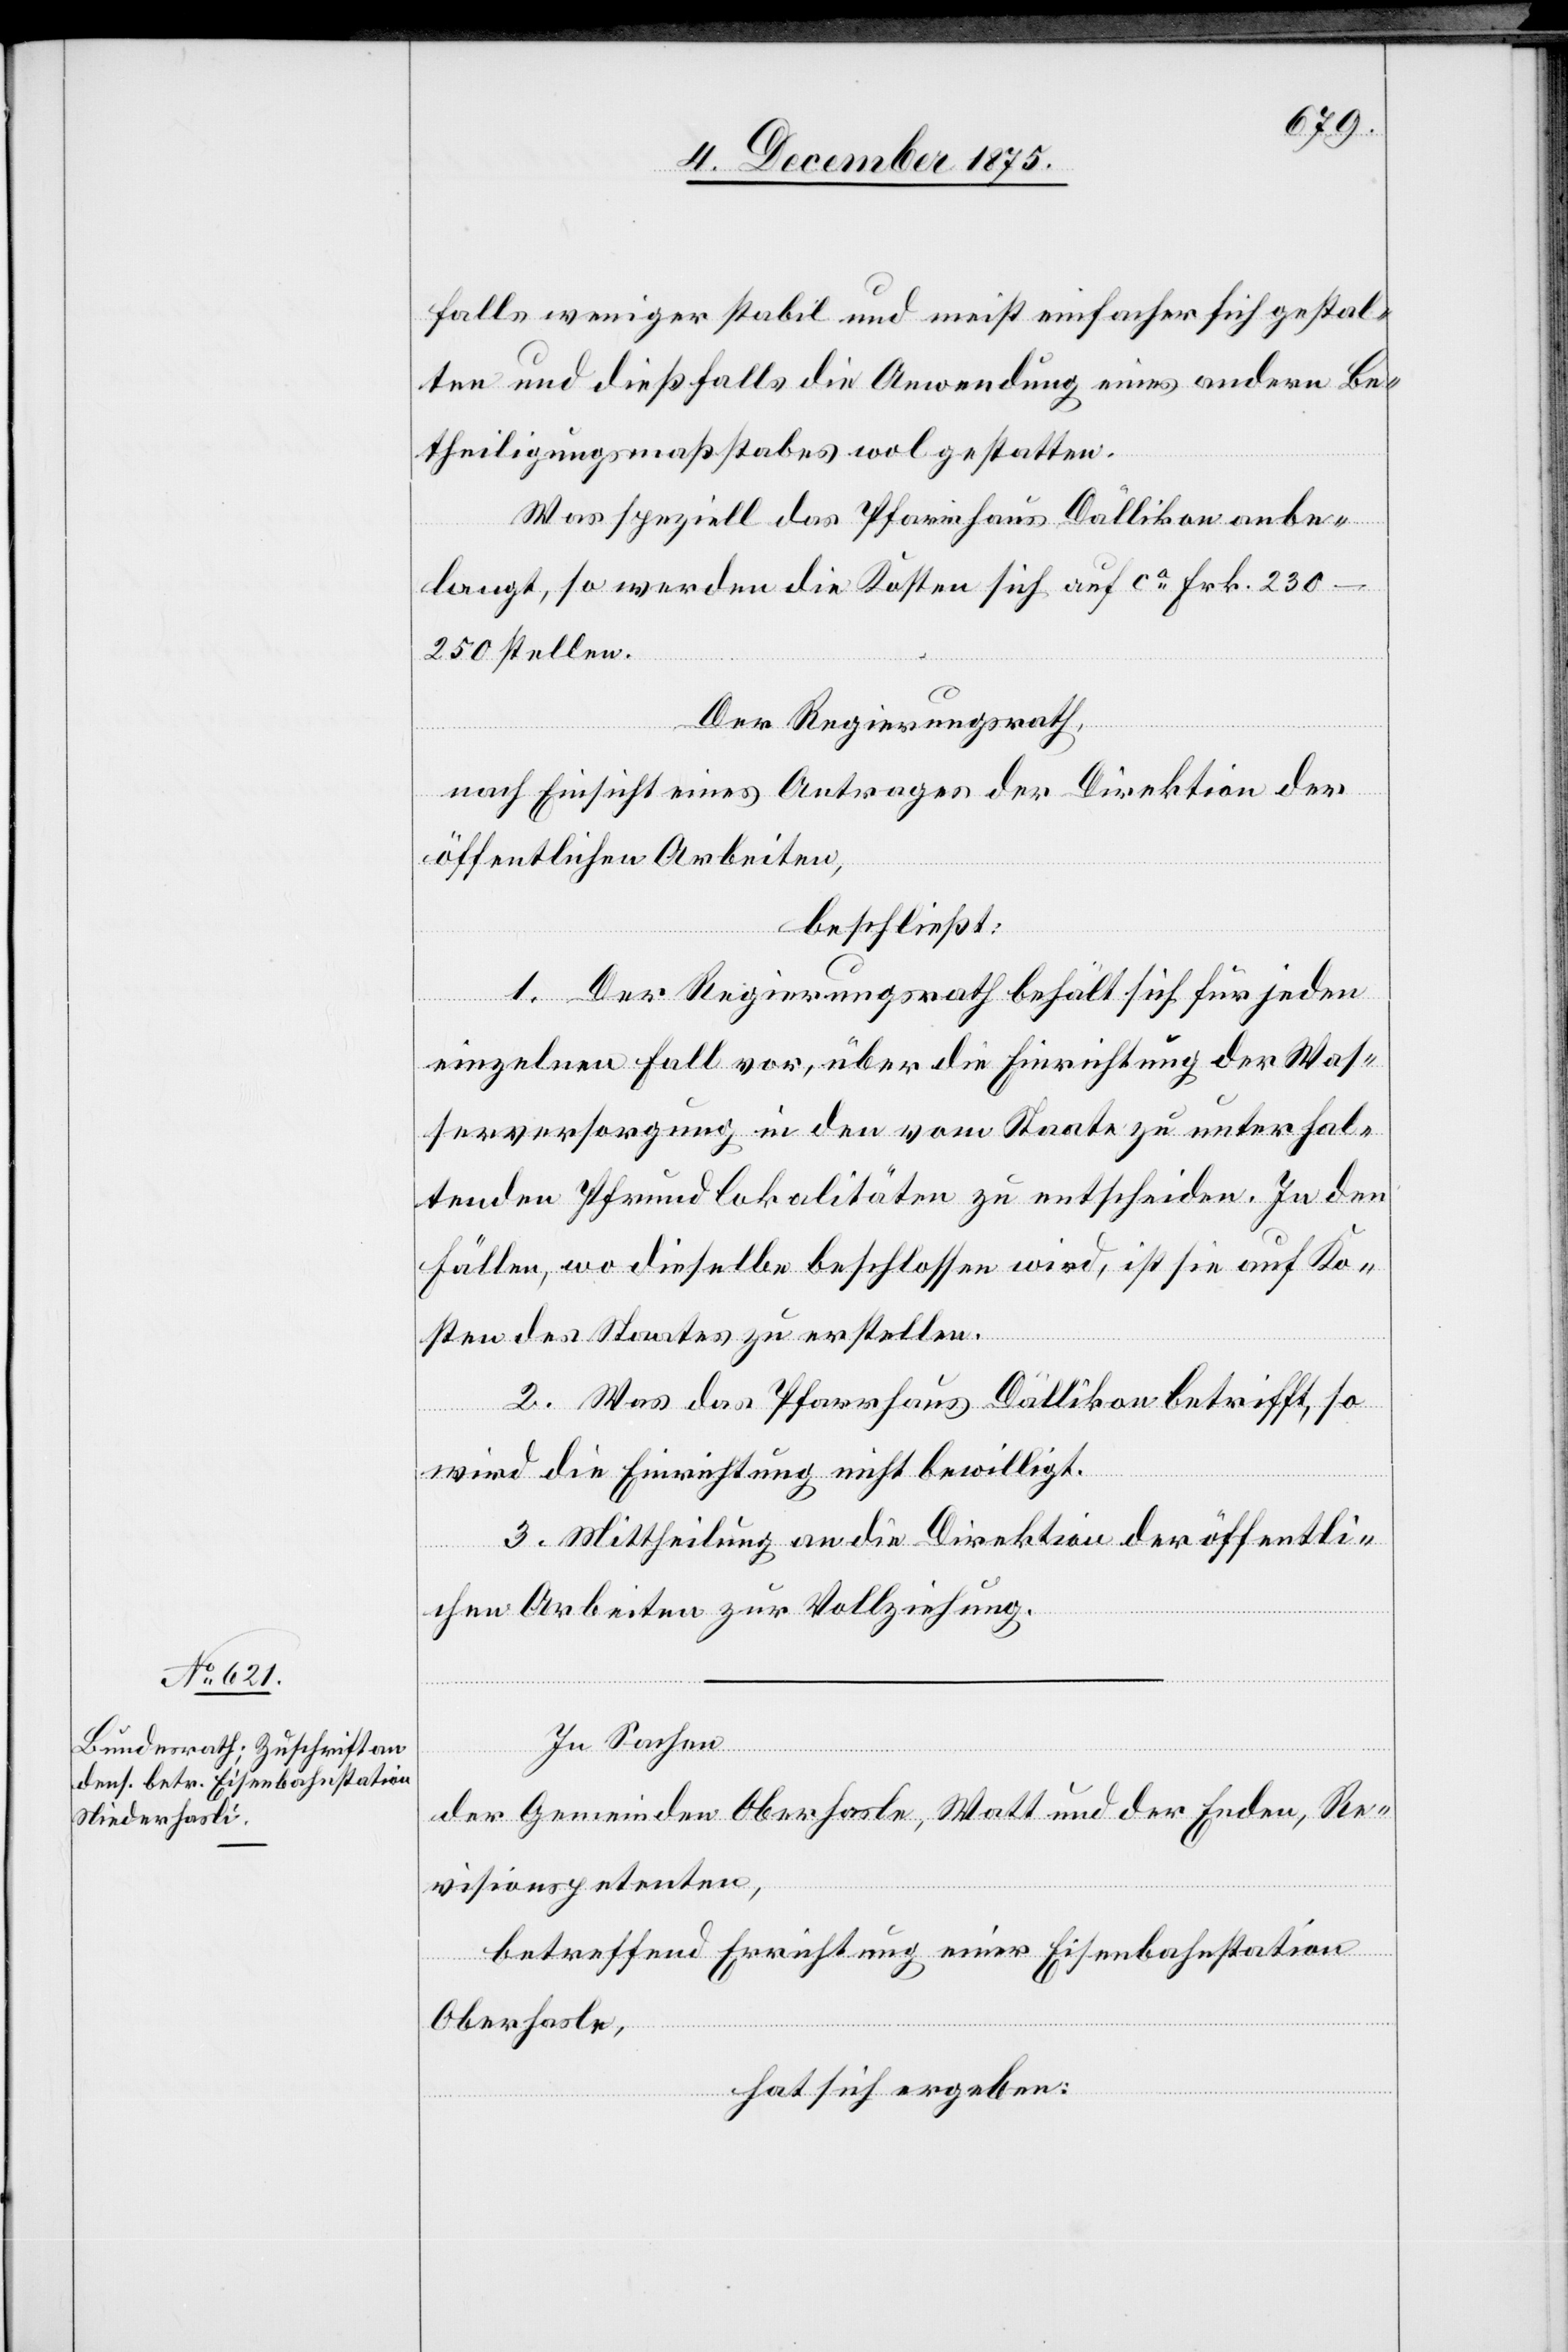
falls weniger stabil und meist einfacher sich gestal¬
ten und dießfalls die Anwendung eines andern Be¬
theiligungsmaßstabes wol gestatten.
Was speziell das Pfarrhaus Dällikon anbe¬
langt, so werden die Kosten sich auf ca Frk. 230–250
Der Regierungsrath,
nach Einsicht eines Antrages der Direktion der
öffentlichen Arbeiten,
beschließt:
1. Der Regierungsrath behält sich für jeden
einzelnen Fall vor, über die Einrichtung der Was¬
serversorgung in den vom Staate zu unterhal¬
tenden Pfrundlokalitäten zu entscheiden. In den
Fällen, wo dieselbe beschlossen wird, ist sie auf Ko¬
sten des Staates zu erstellen.
2. Was das Pfarrhaus Dällikon betrifft, so
wird die Einrichtung nicht bewilligt.
3. Mittheilung an die Direktion der öffentli¬
chen Arbeiten zur Vollziehung.
In Sachen
der Gemeinden Oberhasle [sic!], Watt und der Enden, Re¬
visionspetenten,
betreffend Errichtung einer Eisenbahnstation
stellen.
Oberhasle,
hat sich ergeben: